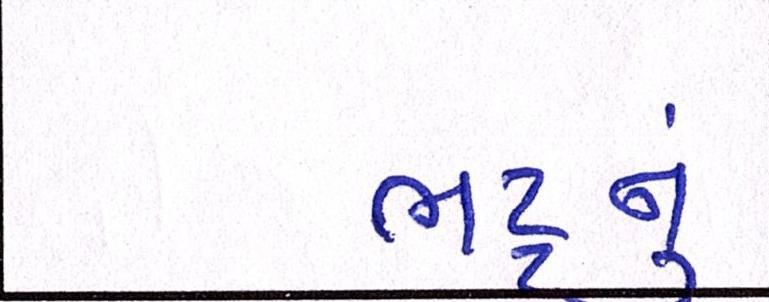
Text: ભટ્ટનું